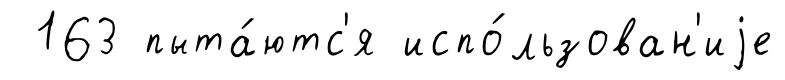
163 пыта́ютс'я испо́льзован'иjе